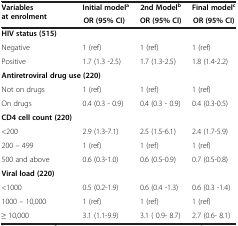
| <ROWSPAN=2> Variables at enrolment | Initial modela | 2nd Modelb | Final modelc |
 | OR (95% CI) | OR (95% CI) | OR (95% CI) |
 | --- | --- | --- | --- |
 | HIV status (515) |  |  |  |
 | Negative | 1 (ref) | 1 (ref) | 1 (ref) |
 | Positive | 1.7 (1.3 -2.5) | 1.7 (1.3-2.5) | 1.8 (1.4-2.2) |
 | <COLSPAN=2> Antiretroviral drug use (220) |  |  |
 | Not on drugs | 1 (ref) | 1 (ref) | 1 (ref) |
 | On drugs | 0.4 (0.3 - 0.9) | 0.4 (0.3 - 0.9) | 0.4 (0.3-0.5) |
 | CD4 cell count (220) |  |  |  |
 | <200 | 2.9 (1.3-7.1) | 2.5 (1.5-6.1) | 2.4 (1.7-5.9) |
 | 200 – 499 | 1 (ref) | 1 (ref) | 1 (ref) |
 | 500 and above | 0.6 (0.3-1.0) | 0.6 (0.5-0.9) | 0.7 (0.5-0.8) |
 | Viral load (220) |  |  |  |
 | <1000 | 0.5 (0.2-1.9) | 0.6 (0.4 -1.3) | 0.6 (0.3 -1.4) |
 | 1000 – 10,000 | 1 (ref) | 1 (ref) | 1 (ref) |
 | ≥ 10,000 | 3.1 (1.1-9.9) | 3.1 ( 0.9- 8.7) | 2.7 (0.6- 8.1) |